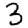
Digit: 3